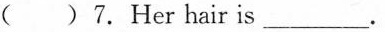
( )7.Her hair is___.